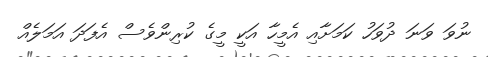
ނުވަަ ވަނަ ދުވަހު ކަމަށާއި އެމީހާ އަކީ މީގެ ކުރިންވެސް އެފަދަ އަމަލެއް